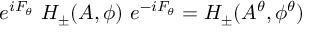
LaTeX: e ^ { i F _ { \theta } } \ H _ { \pm } ( A , \phi ) \ e ^ { - i F _ { \theta } } = H _ { \pm } ( A ^ { \theta } , \phi ^ { \theta } )